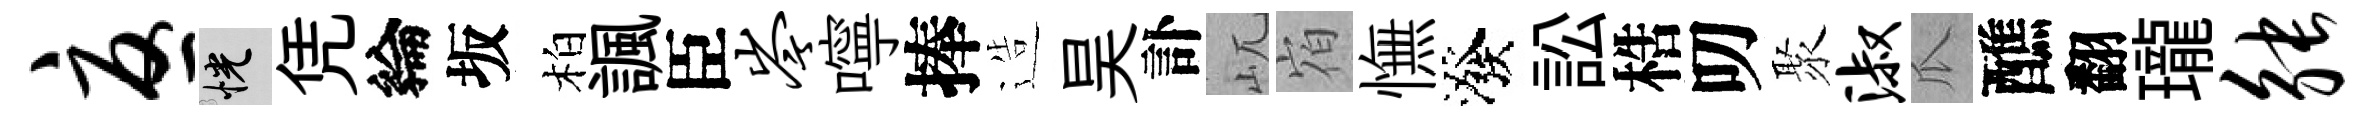
忧恍凭綸坂柏諷臣岑嚀捧造昊訃屼𪧐憮潑訟梏叨聚淑瓜醮翻瓏觖